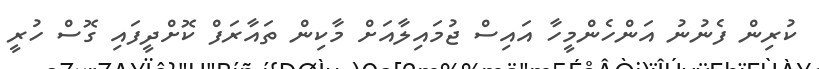
ކުރިން ފެނުނު އަންހެންމީހާ އައިސް ޖުމައިލާއަށް މާކިން ތައާރަފް ކޮށްދީފައި ގޮސް ހުރީ